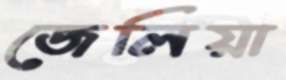
জেলিয়া